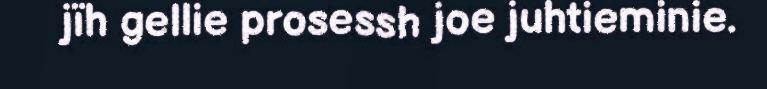
jïh gellie prosessh joe juhtieminie.